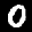
Label: 0